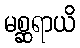
မစ္ဆရာယိ